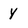
Character: y